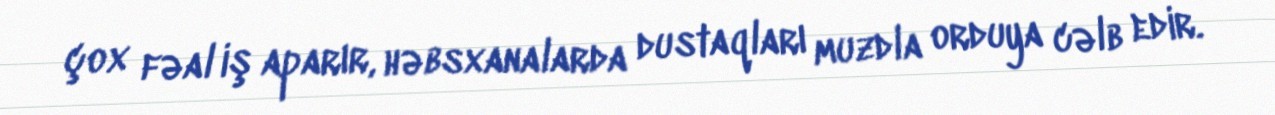
çox fəal iş aparır, həbsxanalarda dustaqları muzdla orduya cəlb edir.